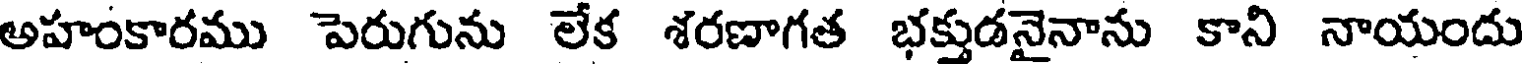
అహంకారము పెరుగును లేక శరణాగత భక్తుడనైనాను కాని నాయందు